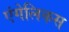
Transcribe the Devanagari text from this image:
एंगेलिकस